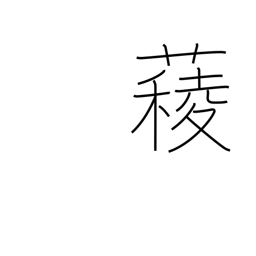
Meaning: spinach